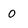
Character: 0